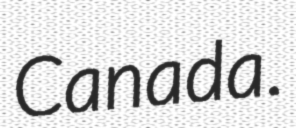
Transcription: Canada.